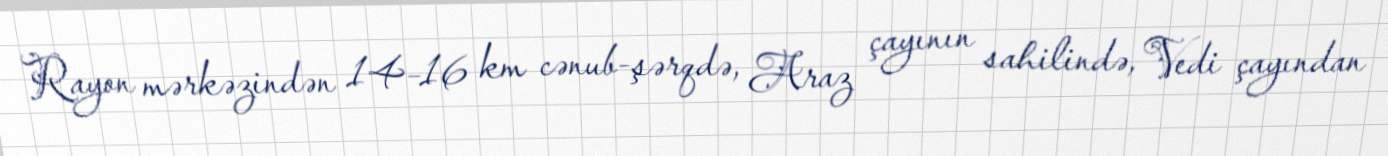
Rayon mərkəzindən 14–16 km cənub-şərqdə, Araz çayının sahilində, Vedi çayından